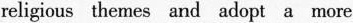
religious themes and adopt a more